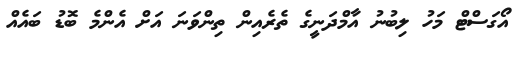
އޯގަސްޓް މަހު ލިބުނު އާމްދަނީގެ ތެރެއިން ތިންވަނަ އަށް އެންމެ ބޮޑު ބައެއް